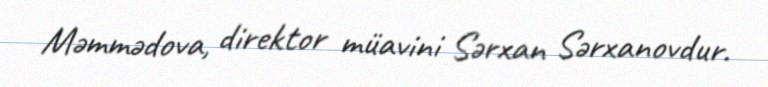
Məmmədova, direktor müavini Sərxan Sərxanovdur.